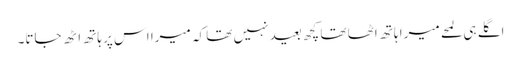
اگلے ہی لمحے میرا ہاتھ اٹھا تھا کچھ بعید نہیں تھا کہ میرا اس پر ہاتھ اٹھ جاتا۔